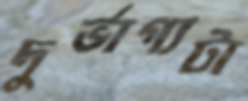
দুর্ভাগ্যটা